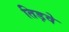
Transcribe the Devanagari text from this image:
तिड़वे